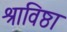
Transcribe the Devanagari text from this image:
श्राविष्ठा